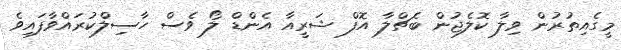
މީގެއިތުރުން ވިލާ ކޮލެޖުން ބެޗްލާ އޮފް ޝަރީއާ އެންޑް ލޯ ވެސް ހާސިލްކުރައްވާފައިވެ